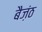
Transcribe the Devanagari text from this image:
बैज़ंठ